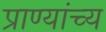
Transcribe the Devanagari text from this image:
प्राण्यांच्य